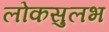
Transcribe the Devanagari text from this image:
लोकसुलभ